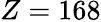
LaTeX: Z=168